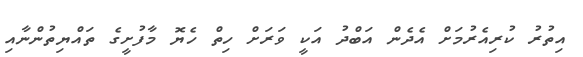
އިތުރު ކުރިއެރުމަށް އެދެން އަބްދު އަކީ ވަރަށް ހިތް ހެޔޮ މާފުށީގެ ތައްޔިތުންނާއި